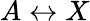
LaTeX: A\leftrightarrow X